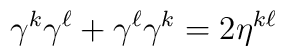
\gamma^k\gamma^\ell+\gamma^\ell\gamma^k=2 \eta^{k\ell}